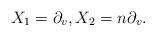
LaTeX: \begin{align*}X_1=\partial_{v},X_2=n\partial_{v}.\end{align*}